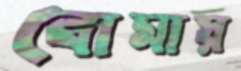
বোমায়